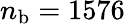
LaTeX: n_{\mathrm{b}}=1576